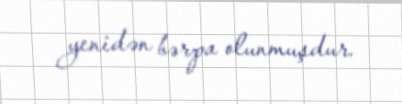
yenidən bərpa olunmuşdur.